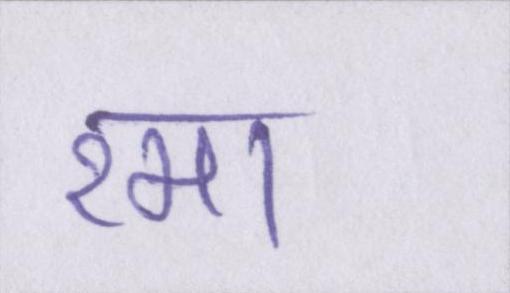
रमा